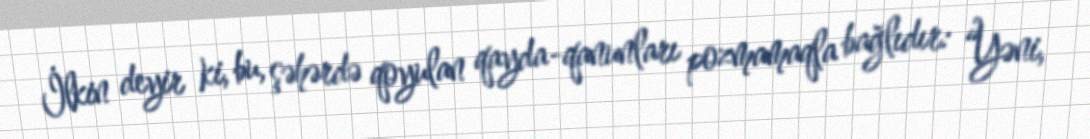
İlkin deyir ki, bu, şəhərdə qoyulan qayda-qanunları pozmamaqla bağlıdır: “Yəni,